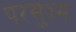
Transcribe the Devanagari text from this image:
परसूक्ष्म